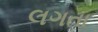
લગતા